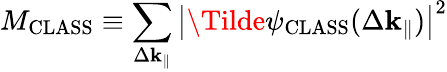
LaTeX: M_{\mathrm{CLASS}}\equiv\sum_{\Delta\mathbf{k}_{\parallel}}\left|\Tilde{\psi}_{\mathrm{CLASS}}(\Delta\mathbf{k}_{\parallel})\right|^{2}